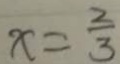
x = \frac { 2 } { 3 }